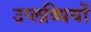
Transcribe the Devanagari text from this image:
उप्लब्धियों